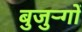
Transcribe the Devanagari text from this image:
बुजुऱ्गों